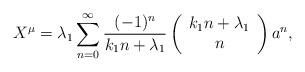
LaTeX: \begin{align*}X^{\mu}=\lambda_1\sum^{\infty}_{n=0}\frac{(-1)^n}{k_1n+\lambda_1}\left(\begin{array}{cc}k_1n+\lambda_1\\n\end{array}\right)a^n,\end{align*}